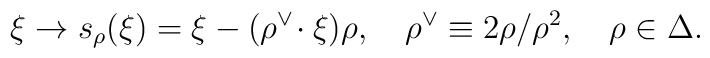
\xi\to s_\rho(\xi)=\xi-(\rho^\vee\!\cdot\xi)\rho,\quad\rho^\vee\equiv 2\rho/\rho^2,\quad \rho\in\Delta.